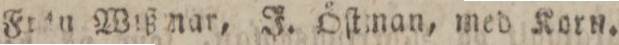
Från Wißmar, J. Öſtman, med Korn.